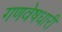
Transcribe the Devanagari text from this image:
गणवेषधारी